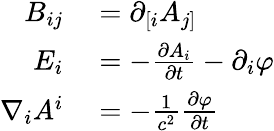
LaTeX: \begin{array}{rl}{B_{ij}}&{{}=\partial_{[i}A_{j]}}\\ {E_{i}}&{{}=-{\frac{\partial A_{i}}{\partial t}}-\partial_{i}\varphi}\\ {\nabla_{i}A^{i}}&{{}=-{\frac{1}{c^{2}}}{\frac{\partial\varphi}{\partial t}}}\end{array}